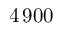
4 \, 9 0 0